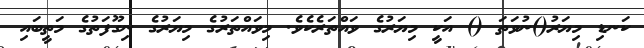
ކަނޑި މިޔަރު()ނުވަތަ () އަކީ މިޔަރުގެ ވައްތަރެކެވެ. މިވައްތަރުގެ މިޔަރުގެ ނިގޫފަތުގެ މަތީބައި